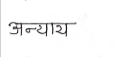
मजकूर: अन्याय